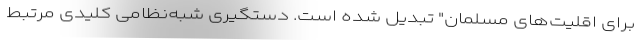
برای اقلیت‌های مسلمان" تبدیل شده است. دستگیری شبه‌نظامی کلیدی مرتبط